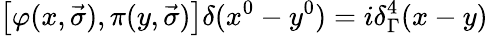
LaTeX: \left[\varphi(x,\vec{\sigma}),\pi(y,\vec{\sigma})\right]\delta(x^{0}-y^{0})=i{\delta}_{\Gamma}^{4}(x-y)